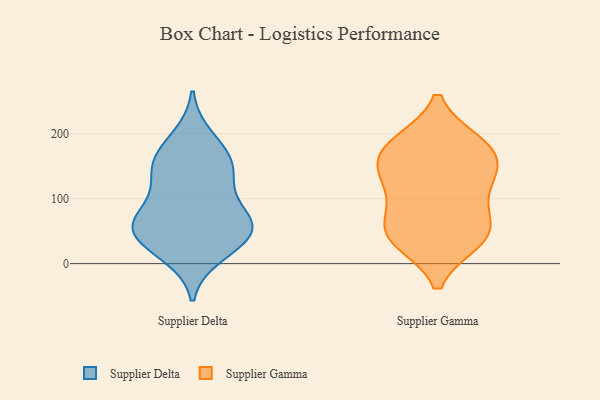
{"axis": {"x": "Market Share (%)", "y": "Value"}, "legend": ["Supplier Delta", "Supplier Gamma"], "data": [{"x": "", "y": 140, "type": "Supplier Delta"}, {"x": "", "y": 82, "type": "Supplier Delta"}, {"x": "", "y": 51, "type": "Supplier Delta"}, {"x": "", "y": 149, "type": "Supplier Delta"}, {"x": "", "y": 56, "type": "Supplier Delta"}, {"x": "", "y": 77, "type": "Supplier Delta"}, {"x": "", "y": 57, "type": "Supplier Delta"}, {"x": "", "y": 172, "type": "Supplier Delta"}, {"x": "", "y": 194, "type": "Supplier Delta"}, {"x": "", "y": 53, "type": "Supplier Delta"}, {"x": "", "y": 47, "type": "Supplier Delta"}, {"x": "", "y": 23, "type": "Supplier Delta"}, {"x": "", "y": 153, "type": "Supplier Delta"}, {"x": "", "y": 14, "type": "Supplier Delta"}, {"x": "", "y": 122, "type": "Supplier Delta"}, {"x": "", "y": 185, "type": "Supplier Gamma"}, {"x": "", "y": 41, "type": "Supplier Gamma"}, {"x": "", "y": 67, "type": "Supplier Gamma"}, {"x": "", "y": 178, "type": "Supplier Gamma"}, {"x": "", "y": 163, "type": "Supplier Gamma"}, {"x": "", "y": 53, "type": "Supplier Gamma"}, {"x": "", "y": 36, "type": "Supplier Gamma"}, {"x": "", "y": 122, "type": "Supplier Gamma"}, {"x": "", "y": 39, "type": "Supplier Gamma"}, {"x": "", "y": 101, "type": "Supplier Gamma"}, {"x": "", "y": 138, "type": "Supplier Gamma"}, {"x": "", "y": 144, "type": "Supplier Gamma"}, {"x": "", "y": 185, "type": "Supplier Gamma"}]}